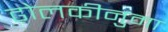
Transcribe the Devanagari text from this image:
ढ़ोलकीनुमा